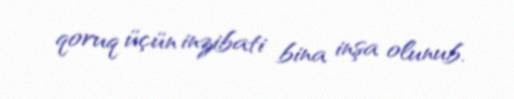
qoruq üçün inzibati bina inşa olunub.